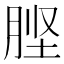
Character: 𭨶